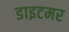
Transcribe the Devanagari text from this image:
डाइटमर